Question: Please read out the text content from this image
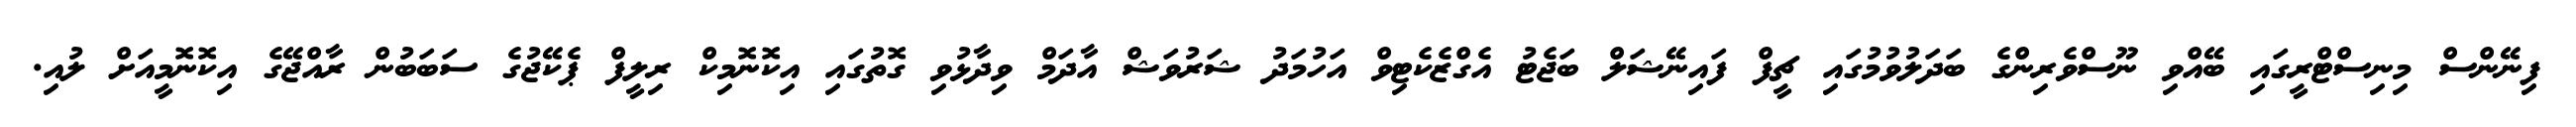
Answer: ފިނޭންސް މިނިސްޓްރީގައި ބޭއްވި ނޫސްވެރިންގެ ބަދަލުވުމުގައި ޗީފް ފައިނޭޝަލް ބަޖެޓު އެގްޒެކެޓިވް އަހުމަދު ޝަރުވަޝް އާދަމް ވިދާޅުވި ގޮތުގައި އިކޮނޮމިކް ރިލީފް ޕެކޭޖުގެ ސަބަބުން ރާއްޖޭގެ އިކޮނޮމީއަށް ލުއި.